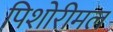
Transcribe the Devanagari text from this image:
पिशोरीमल